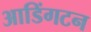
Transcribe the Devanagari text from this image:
आडिंगटन